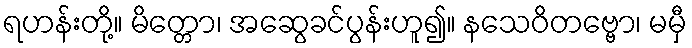
ရဟန်းတို့။ မိတ္တော၊ အဆွေခင်ပွန်းဟူ၍။ နသေဝိတဗ္ဗော၊ မမှီ